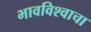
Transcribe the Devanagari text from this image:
भावविश्‍वाचा